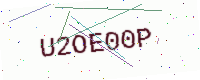
Text: U2OE00P